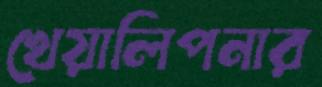
খেয়ালিপনার